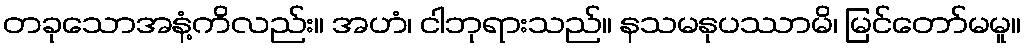
တခုသောအနံ့ကိလည်း။ အဟံ၊ ငါဘုရားသည်။ နသမနုပဿာမိ၊ မြင်တော်မမူ။